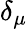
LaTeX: \delta_{\mu}